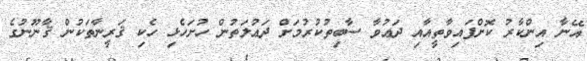
އޭނާ އިންކާރު ކޮށްފައިވާތީއާއި ދަޢުވާ ސާބިތުކުރުމަށް ދަޢުލަތުން ހުށަހެޅި ހެކި ޤަރީނާތަކުން ޤާނޫނުގެ